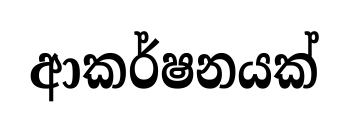
ආකර්ෂනයක්